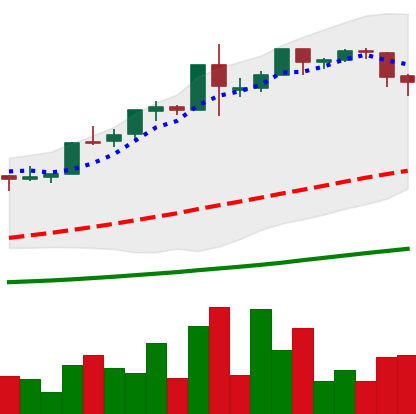
Ticker: BTC-USD
Chart end date: 2015-12-21
Forward return: -4.871%
Label: down_3_5